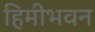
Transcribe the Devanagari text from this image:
हिमीभवन